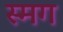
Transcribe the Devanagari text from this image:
स्मग